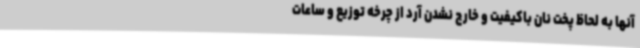
آنها به لحاظ پخت نان باکیفیت و خارج نشدن آرد از چرخه توزیع و ساعات